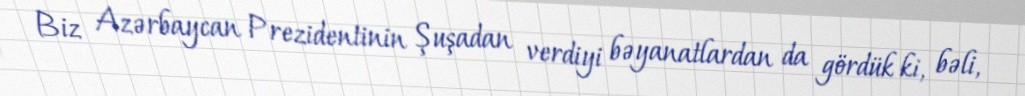
Biz Azərbaycan Prezidentinin Şuşadan verdiyi bəyanatlardan da gördük ki, bəli,